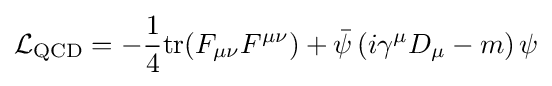
{\mathcal {L}}_{\mathrm {QCD} }=-{\frac {1}{4}}{\text{tr}}(F_{\mu \nu }F^{\mu \nu })+{\bar {\psi }}\left(i\gamma ^{\mu }D_{\mu }-m\right)\psi